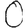
Digit: 0